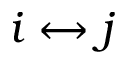
i \leftrightarrow j